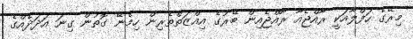
މިރޭގެ ހަފްލާއަކީ ރާއްޖެއާ ރާއްޖެއިން ބޭރުގެ އިއްޒަތްތެރިން ހިމެނޭ ގޮތުން ގިނަ އަދަދެއްގެ